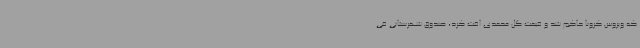
که ویروس کرونا حاکم شد و قیمت گل محمدی افت کرد، صندوق شهرستانی فی